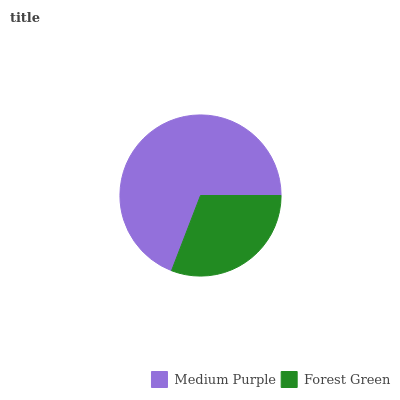
| Medium Purple | Forest Green |
 | --- | --- |
 | 69.2% | 30.8% |